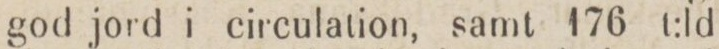
god jord i circulation, samt 176 t:ld